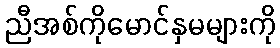
ညီအစ်ကိုမောင်နှမများကို